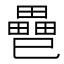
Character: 𢁐